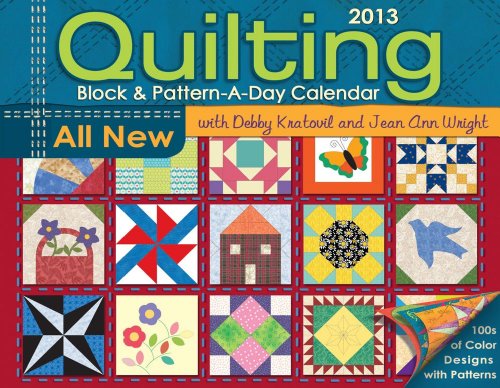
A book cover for Quilting Block & Pattern-a-Day 2013 Calendar; Debbie Kratovil; Calendars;